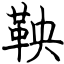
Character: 鞅